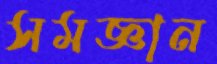
সমজ্ঞান